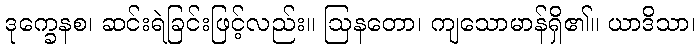
ဒုက္ခေနစ၊ ဆင်းရဲခြင်းဖြင့်လည်း။ ဩနတော၊ ကျသောမာန်ရှိ၏။ ယာဒိသာ၊